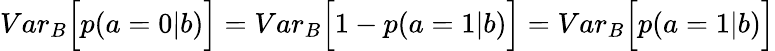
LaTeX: {Var}_{B}\Big[p(a=0|b)\Big]={Var}_{B}\Big[1-p(a=1|b)\Big]={Var}_{B}\Big[p(a=1|b)\Big]